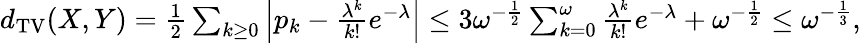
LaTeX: \begin{array}{r}{d_{\mathrm{TV}}(X,Y)=\frac{1}{2}\sum_{k\geq 0}\left|p_{k}-\frac{\lambda^{k}}{k!}e^{-\lambda}\right|\leq 3\omega^{-\frac{1}{2}}\sum_{k=0}^{\omega}\frac{\lambda^{k}}{k!}e^{-\lambda}+\omega^{-\frac{1}{2}}\leq\omega^{-\frac{1}{3}},}\end{array}